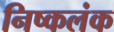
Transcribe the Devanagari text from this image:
निष्‍कलंक